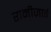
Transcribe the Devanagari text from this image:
रानीज़ाई